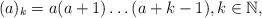
LaTeX: \begin{align*}(a)_{k}=a(a+1)\dots (a+k-1),k\in \mathbb{N}, \end{align*}